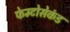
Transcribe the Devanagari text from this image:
फेम्टोसेकंड